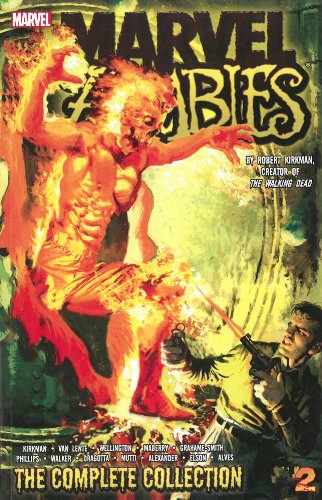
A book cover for Marvel Zombies: The Complete Collection Volume 2; Robert Kirkman; Comics & Graphic Novels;